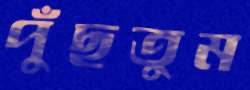
পুঁছতুম